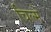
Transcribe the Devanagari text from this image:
चिल्मे